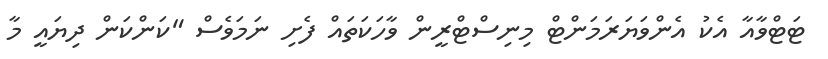
ޓަޓްވާއާ އެކު އެންވަޔަރަމަންޓް މިނިސްޓްރީން ވާހަކަތައް ފެށި ނަމަވެސް "ކަންކަން ދިޔައީ މާ